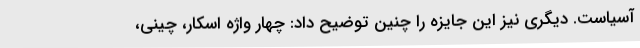
آسیاست. دیگری نیز این جایزه را چنین توضیح داد: چهار واژه اسکار، چینی،